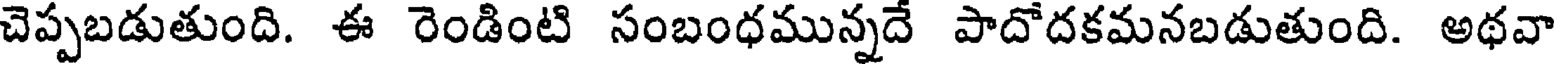
చెప్పబడుతుంది. ఈ రెండింటి సంబంధమున్నదే పాదోదకమనబడుతుంది. అథవా